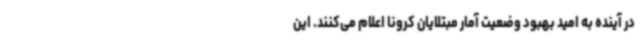
در آینده به امید بهبود وضعیت آمار مبتلایان کرونا اعلام می‌کنند. این